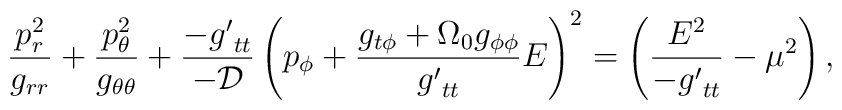
\frac{p_r^2}{g_{rr}} + \frac{p_\theta^2}{g_{\theta \theta}} +      \frac{- {g'}_{tt}}{- \cal D} \left(              p_\phi + \frac{g_{t \phi }             + \Omega_0 g_{\phi \phi}}{{g'}_{tt}}            E  \right)^2    = \left( \frac{ E^2}{- {g'}_{tt} }    - \mu^2 \right),